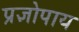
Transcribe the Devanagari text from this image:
प्रज्ञोपाय